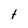
Character: t